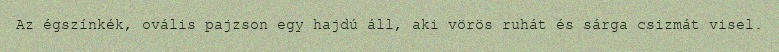
Az égszínkék, ovális pajzson egy hajdú áll, aki vörös ruhát és sárga csizmát visel.